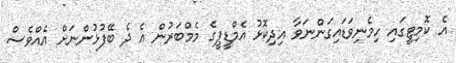
އެ ކޮމިޓީގައި ހިމެނިވަޑައިގަންނަވާ އިދިކޮޅު އެމްޑީޕީގެ މެމްބަރުން އެ ދެ ބޭފުޅުންނަށް އެއްވެސް